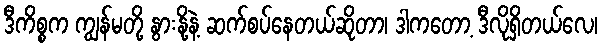
ဒီကိစ္စက ကျွန်မတို့ နွားနို့နဲ့ ဆက်စပ်နေတယ်ဆိုတာ၊ ဒါကတော့ ဒီလိုရှိတယ်လေ၊